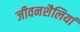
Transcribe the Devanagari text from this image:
जीवनशैलियां